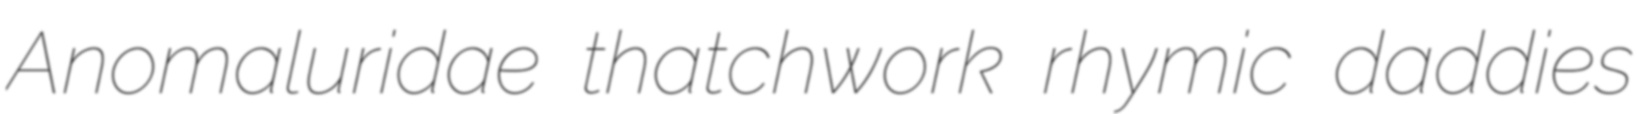
Anomaluridae thatchwork rhymic daddies